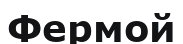
Фермой